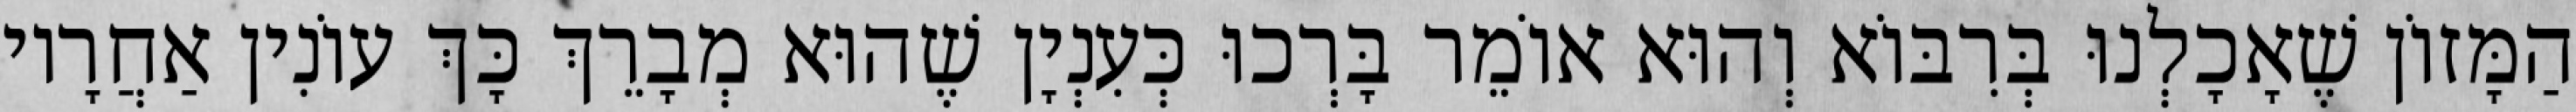
הַמָּזוֹן שֶׁאָכָלְנוּ בְּרִבּוֹא וְהוּא אוֹמֵר בָּרְכוּ כְּעִנְיָן שֶׁהוּא מְבָרֵךְ כָּךְ עוֹנִין אַחֲרָיו